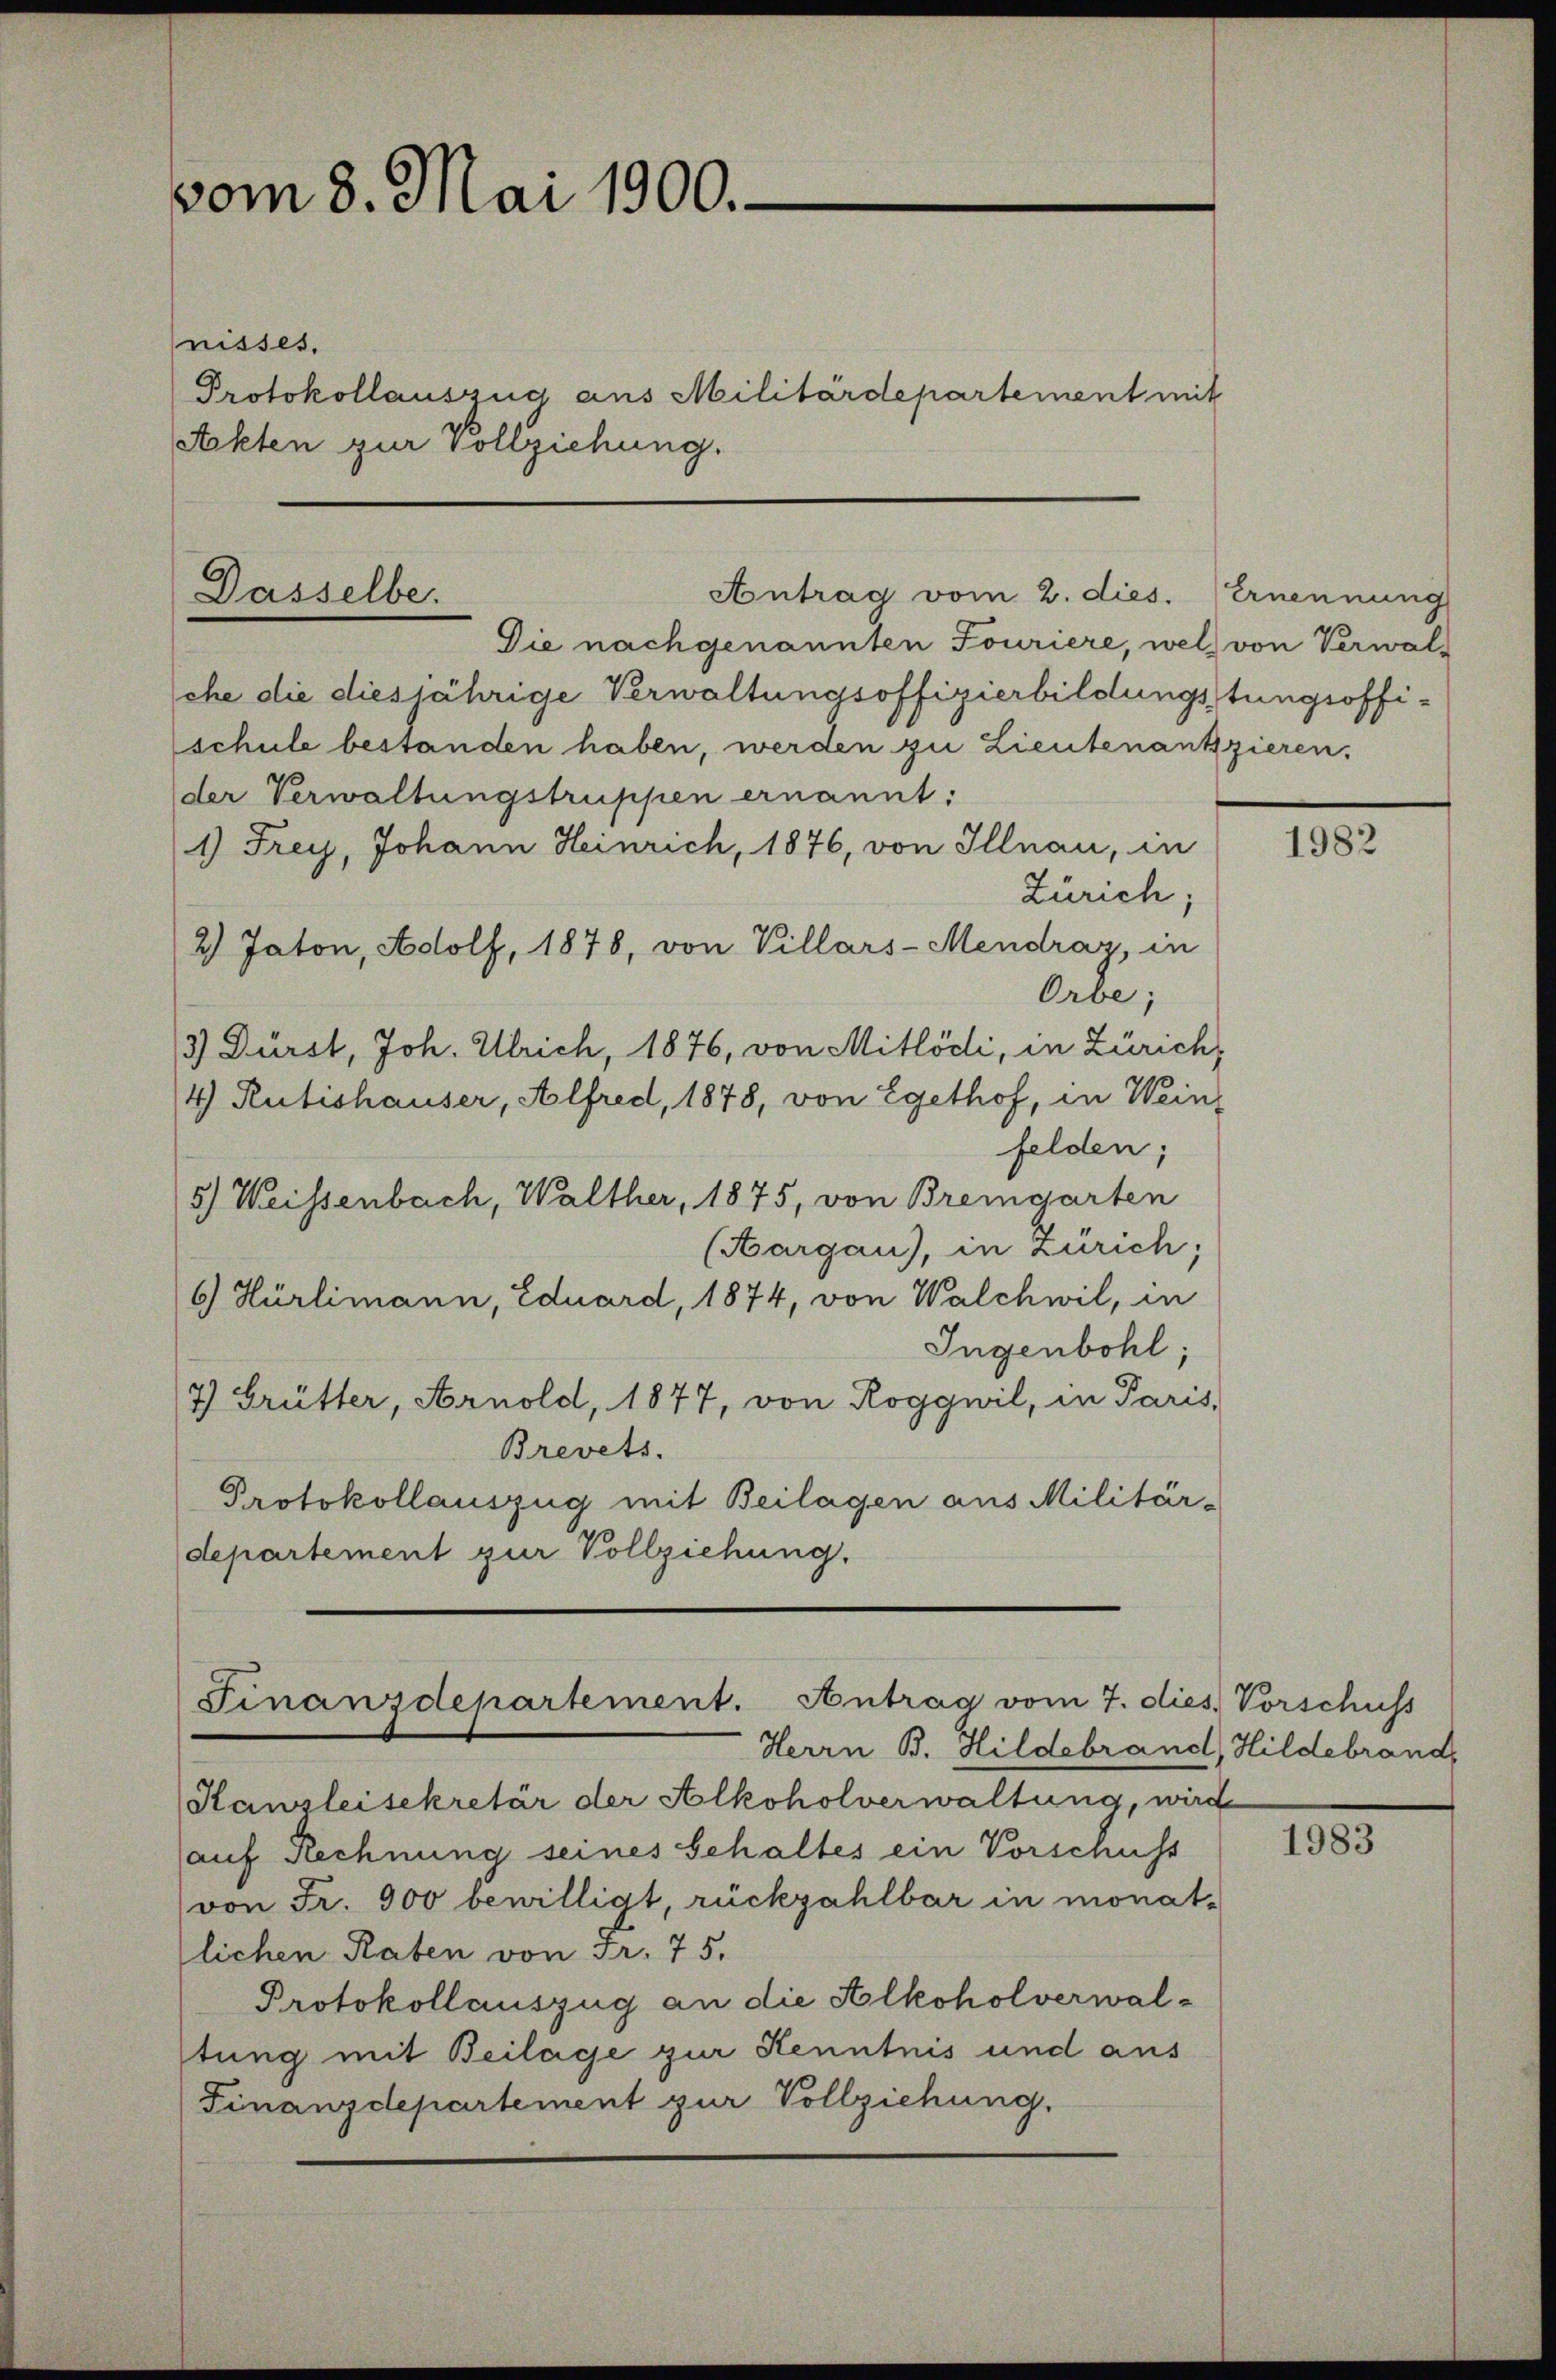
vom 8. Mai 1900.

nisses.
Protokollauszug aus Militärdepartement mit
Akten zur Vollziehung.

Antrag vom 2. dies. Ernennung
Dasselbe.

Die nach genannten Fouriere, welch von Verwal-
sche die diesjährige Verwaltungsoffizierbildungsstungsoffischule bestanden haben, werden zu Lieutenantzieren,
der Verwaltungstruppen ernannt:
1) Frey, Johann Heinrich, 1876, von Illnau, in
Zürich;
2) Jaton, Adolf, 1878, von Villars-Mendraz, in
Orbe;
3) Dürst, Joh. Ulrich, 1876, von Mitlödi, in Zürich,
4) Rütishauser, Alfred, 1878, von Egethof, in Weinfelden;
5) Weissenbach, Walther, 1875, von Bremgarten
(Aargau), in Zürich;
6) Hürlimann, Eduard, 1874, von Walchwil, in
Ingenbohl;
7) Grütter, Arnold, 1877, von Roggwil, in Paris,
Brevets.
Protokollauszug mit Beilagen aus Militär-
departement zur Vollziehung.

Finanzdepartement. Antrag vom 7. dies Vorschuss

Herrn B. Hildebrand, Hildebrand,
Kanzleisekretär der Alkoholverwaltung, wird
auf Rechnung seines Schaltes ein Vorschuss
von Fr. 900 bewilligt, rückzahlbar in monat-
lichen Raten von Fr. 75.
Protokollauszug an die Alkoholverwalltung mit Beilage zur Kenntnis und aus
Finanzdepartement zur Vollziehung.

1982

1983